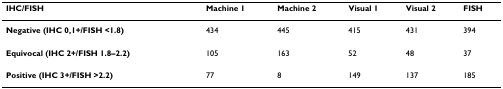
| IHC/FISH | Machine 1 | Machine 2 | Visual 1 | Visual 2 | FISH |
 | --- | --- | --- | --- | --- | --- |
 | Negative (IHC 0,1+/FISH <1.8) | 434 | 445 | 415 | 431 | 394 |
 | Equivocal (IHC 2+/FISH 1.8–2.2) | 105 | 163 | 52 | 48 | 37 |
 | Positive (IHC 3+/FISH >2.2) | 77 | 8 | 149 | 137 | 185 |